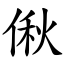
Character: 偢